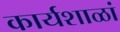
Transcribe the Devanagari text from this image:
कार्यशाळां